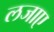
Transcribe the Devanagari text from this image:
लजाए